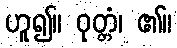
ဟူ၍။ ဝုတ္တံ၊ ၏။